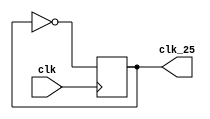
module clock_divider(clk, clk_25);

input clk;  //50MHZ hardware clock
output reg clk_25;  //25MHZ clock

initial
	begin
		clk_25 <= 0;
	end
	
always @(posedge clk)
	begin 
	clk_25 <= ~clk_25;
	
	
end

endmodule